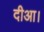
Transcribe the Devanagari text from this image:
दीआ।